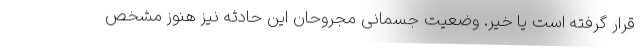
قرار گرفته است یا خیر. وضعیت جسمانی مجروحان این حادثه نیز هنوز مشخص